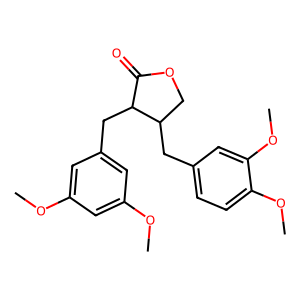
SMILES: COc1cc(CC2C(=O)OCC2Cc2ccc(OC)c(OC)c2)cc(OC)c1
Inhibits HIV replication: No